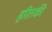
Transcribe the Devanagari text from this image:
हरितकी